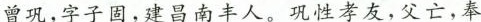
曾巩，字子固，建昌南丰人。性孝友，父亡，奉